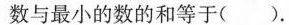
数与最小的数的和等于()。